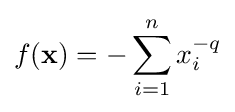
f(\mathbf {x} )=-\sum _{i=1}^{n}x_{i}^{-q}